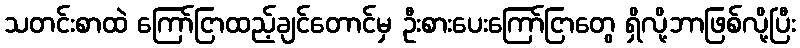
သတင်းစာထဲ ကြော်ငြာထည့်ချင်တောင်မှ ဦးစားပေးကြော်ငြာတွေ ရှိလို့ဘာဖြစ်လို့ပြီး